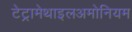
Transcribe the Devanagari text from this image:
टेट्रामेथाइलअमोनियम